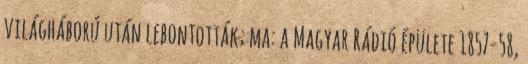
világháború után lebontották; ma: a Magyar Rádió épülete 1857-58,